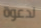
لدعوة